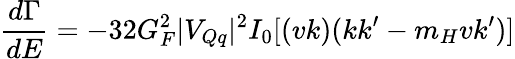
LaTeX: \frac{d\Gamma}{dE}=-32G_{F}^{2}|V_{Qq}|^{2}I_{0}[(vk)(kk^{\prime}-m_{H}vk^{\prime})]